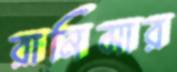
রানিমার